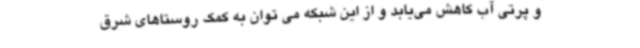
و پرتی آب کاهش می‌یابد و از این شبکه می توان به کمک روستاهای شرق